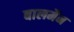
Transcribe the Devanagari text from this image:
बालमैन